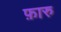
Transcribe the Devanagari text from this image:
फ़ारु